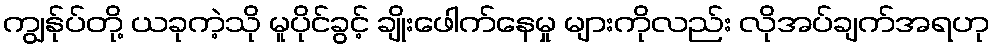
ကျွန်ုပ်တို့ ယခုကဲ့သို မူပိုင်ခွင့် ချိုးဖေါက်နေမှု များကိုလည်း လိုအပ်ချက်အရဟု